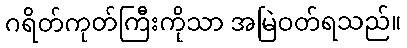
ဂရိတ်ကုတ်ကြီးကိုသာ အမြဲဝတ်ရသည်။